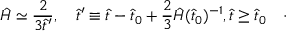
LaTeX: \hat { H } \simeq \frac { 2 } { 3 \hat { t } ^ { \prime } } , \quad \hat { t } ^ { \prime } \equiv \hat { t } - \hat { t } _ { 0 } + \frac { 2 } { 3 } \hat { H } ( \hat { t } _ { 0 } ) ^ { - 1 } , \hat { t } \geq \hat { t } _ { 0 } \quad \cdot